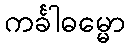
ကင်္ခါဓမ္မော